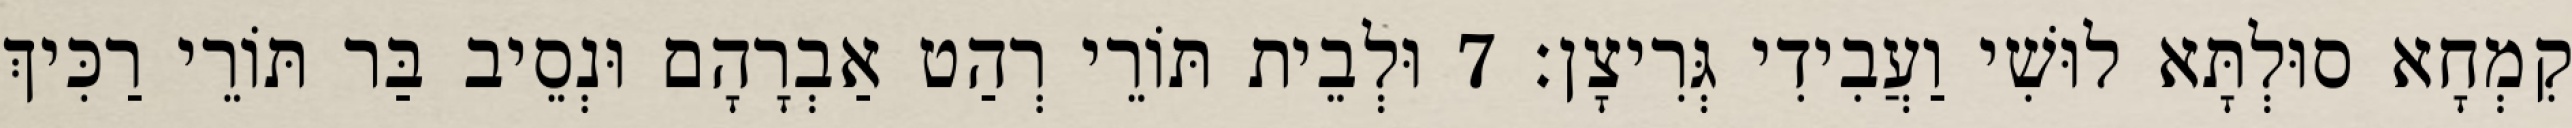
קִמְחָא סוּלְתָּא לוּשִׁי וַעֲבִידִי גְּרִיצָן׃ 7 וּלְבֵית תּוֹרֵי רְהַט אַבְרָהָם וּנְסֵיב בַּר תּוֹרֵי רַכִּיךְ